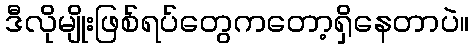
ဒီလိုမျိုးဖြစ်ရပ်တွေကတော့ရှိနေတာပဲ။